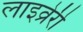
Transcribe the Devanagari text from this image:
लाइव्रेरी